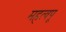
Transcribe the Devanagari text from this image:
महत्वपू